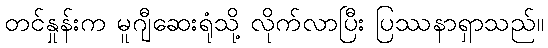
တင်နှုန်းက မူဂျီဆေးရုံသို့ လိုက်လာပြီး ပြဿနာရှာသည်။